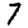
Digit: 7